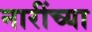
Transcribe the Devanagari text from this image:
नारींच्या